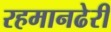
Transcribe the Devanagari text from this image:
रहमानढेरी